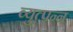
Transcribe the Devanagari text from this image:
व्युत्‍पन्‍न